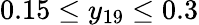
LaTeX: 0.15\leq y_{19}\leq 0.3